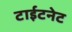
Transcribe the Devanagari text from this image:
टाईटनेट